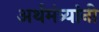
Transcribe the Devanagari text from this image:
अर्थमंत्र्यांनी